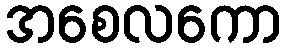
အစေလကော